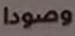
وصودا